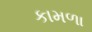
કામળા